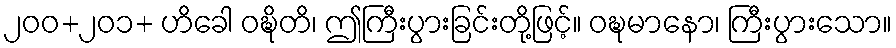
၂၀၀+၂၀၁+ ဟိခေါ ဝဍ္ဎိတိ၊ ဤကြီးပွားခြင်းတို့ဖြင့်။ ဝဍ္ဎမာနော၊ ကြီးပွားသော။